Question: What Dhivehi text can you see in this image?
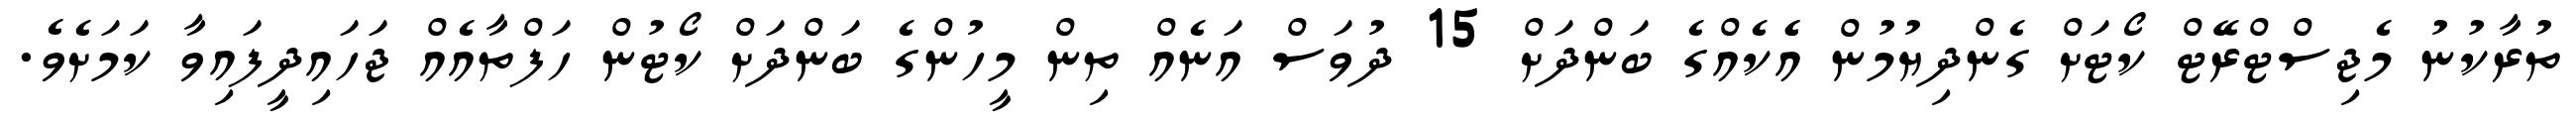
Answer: ތުރާކުނު މެޖިސްޓްރޭޓް ކޯޓަށް ގެންދިޔުމުން އެެކެއްގެ ބަންދަށް 15 ދުވަސް އަނެއް ތިން މީހުންގެ ބަންދަށް ކޯޓުން ހަފްތާއެއް ޖަހައިދީފައިވާ ކަމަށެވެ.